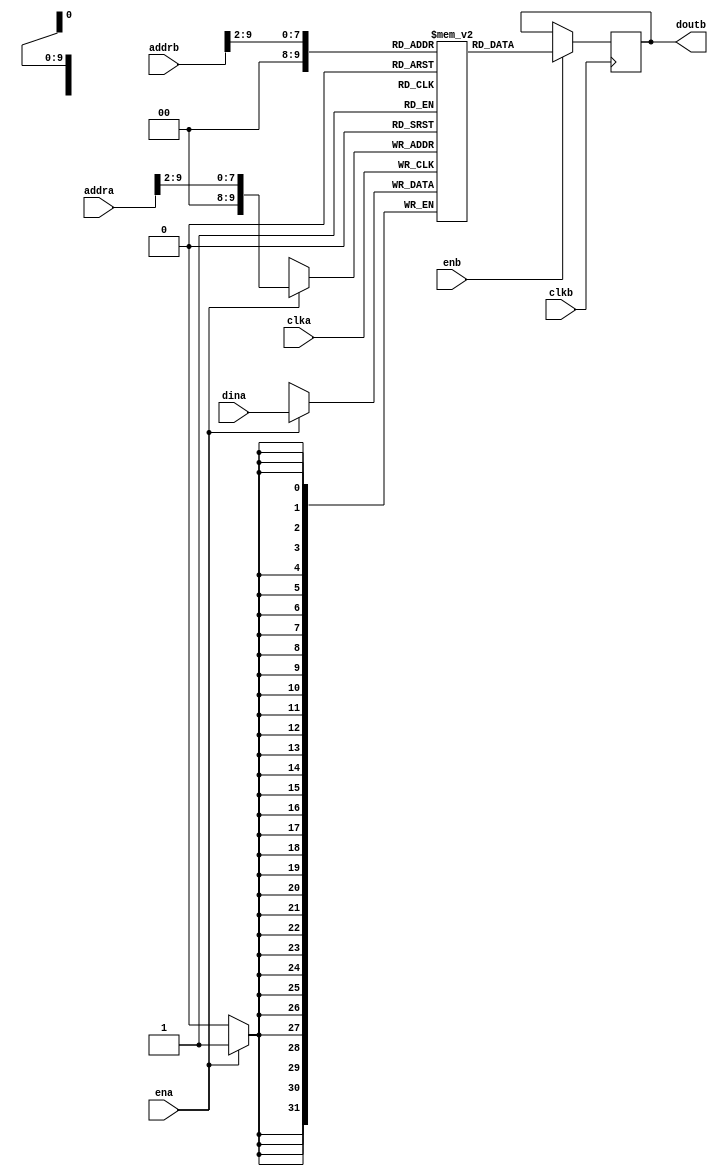
`timescale 1ns / 1ps
//////////////////////////////////////////////////////////////////////////////////
// Company: 
// Engineer: 
// 
// Design Name: 
// Module Name: dCache
// Project Name: 
// Target Devices: 
// Tool Versions: 
// Description: 
// 
// Dependencies: 
// 
// Revision:
// Revision 0.01 - File Created
// Additional Comments:
// 
//////////////////////////////////////////////////////////////////////////////////


module dCache(
  input        clka,        //
  input [31:0] dina,        //
  input [9:0]  addra,       //
  input        ena,         //
  input        clkb,        //
  input [9:0]  addrb,       //
  output reg [31:0]  doutb,      //
  input        enb          //
);

  reg [31:0] memory [0:1023];  //dCache1KB
  integer index;                //dCache

  always @(posedge clka) begin
    if (ena) begin
      index = addra[9:2];       //10dCache
      memory[index] = dina;
    end
  end

  always @(posedge clkb) begin
    if (enb) begin
      index = addrb[9:2];       //10dCache
      doutb <= memory[index];
    end
  end

endmodule